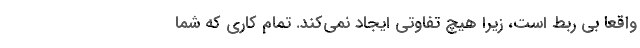
واقعاً بی ربط است، زیرا هیچ تفاوتی ایجاد نمی‌کند. تمام کاری که شما